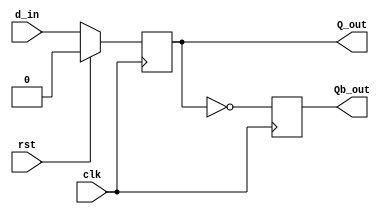
module d_ff(d_in,clk,rst,Q_out,Qb_out);
input d_in,clk,rst;
output reg Q_out;
output reg Qb_out;

always@(posedge clk)
begin 
Qb_out=~Q_out;
if(rst)
Q_out=1'b0;
else
Q_out<=d_in;
end

endmodule